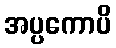
အပ္ပကောပိ